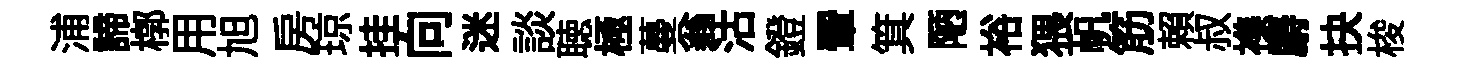
浦諦槨用旭房琼挂向迷談聴極蔓翁沽鐙翬箕陋裕猥帆筋賴叔襍麝抉梭